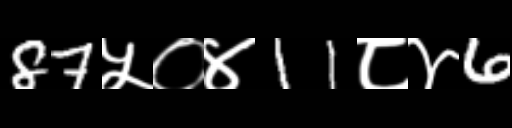
Text: 87५०४11८४6